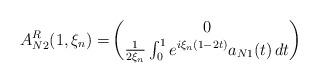
\begin{align*}A_{N2}^R(1,\xi_n)=& \begin{pmatrix}0 \\ \frac{1}{2\xi_n}\int_0^1e^{i\xi_n(1-2t)}a_{N1}(t)\,dt\end{pmatrix}\end{align*}